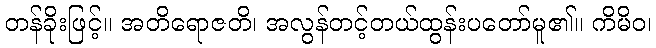
တန်ခိုးဖြင့်။ အတိရောဇတိ၊ အလွန်တင့်တယ်ထွန်းပတော်မူ၏။ ကိမိဝ၊